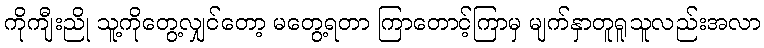
ကိုကျီးညို သူ့ကိုတွေ့လျှင်တော့ မတွေ့ရတာ ကြာတောင့်ကြာမှ မျက်နှာတူရူသူလည်းအလာ